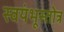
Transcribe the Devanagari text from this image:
स्वयंभूस्तोत्र